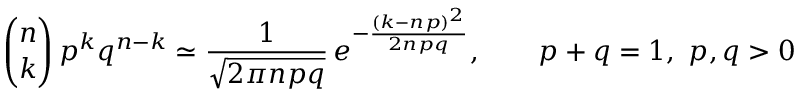
{ \binom { n } { k } } \, p ^ { k } q ^ { n - k } \simeq { \frac { 1 } { \sqrt { 2 \pi n p q } } } \, e ^ { - { \frac { ( k - n p ) ^ { 2 } } { 2 n p q } } } , \qquad p + q = 1 , \ p , q > 0